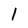
Character: 1